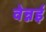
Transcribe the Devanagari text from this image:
वेन्नई